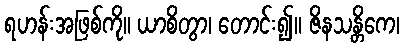
ရဟန်းအဖြစ်ကို။ ယာစိတွာ၊ တောင်း၍။ ဇိနသန္တိကေ၊